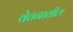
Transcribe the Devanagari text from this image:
वेतनातील